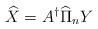
LaTeX: \begin{align*}\widehat X = A^\dagger \widehat \Pi_n Y\end{align*}